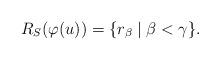
LaTeX: \begin{align*} R_S(\varphi(u)) = \{ r_\beta \mid \beta < \gamma \}.\end{align*}